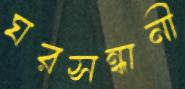
ঘরসন্ধানী